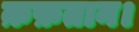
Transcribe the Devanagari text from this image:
क़फ़तान।